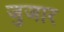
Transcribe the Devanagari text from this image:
जुजार